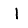
Digit: 1